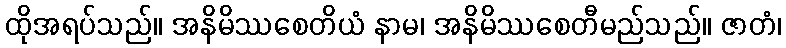
ထိုအရပ်သည်။ အနိမိဿစေတိယံ နာမ၊ အနိမိဿစေတီမည်သည်။ ဇာတံ၊